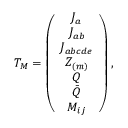
T _ { M } = \left( \begin{array} { c } { { J _ { a } } } \\ { { J _ { a b } } } \\ { { J _ { a b c d e } } } \\ { { Z _ { ( m ) } } } \\ { { Q } } \\ { { \bar { Q } } } \\ { { M _ { i j } } } \end{array} \right) ,